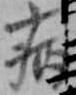
病